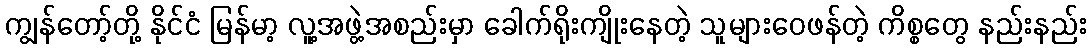
ကျွန်တော့်တို့ နိုင်ငံ မြန်မာ့ လူ့အဖွဲ့အစည်းမှာ ခေါက်ရိုးကျိုးနေတဲ့ သူများဝေဖန်တဲ့ ကိစ္စတွေ နည်းနည်း